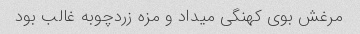
مرغش بوی کهنگی میداد و مزه زردچوبه غالب بود